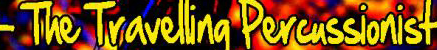
The Travelling Percussionist